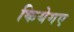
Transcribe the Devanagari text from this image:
कियेगए